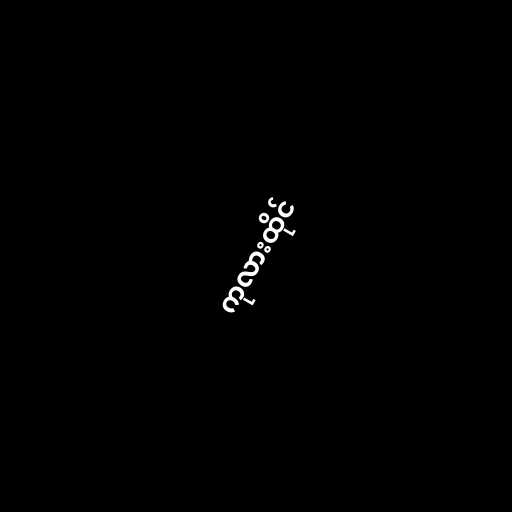
ကုလားထိုင်